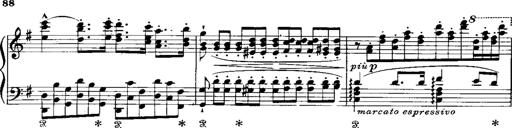
Title: RÃ©miniscences de Norma de Bellini
Composer: Franz Liszt